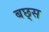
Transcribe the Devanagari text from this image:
बछ्स